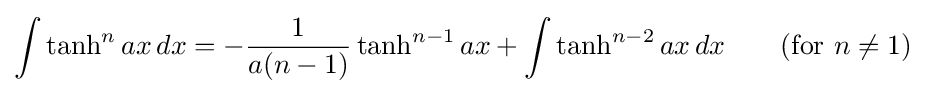
\int \tanh ^{n}ax\,dx=-{\frac {1}{a(n-1)}}\tanh ^{n-1}ax+\int \tanh ^{n-2}ax\,dx\qquad {\mbox{(for }}n\neq 1{\mbox{)}}